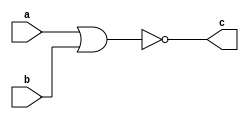
module nor_1_bit (
    input wire a,
    input wire b,
    output wire c  
);

assign c = !(a || b) ;


endmodule